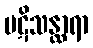
ပဋိသန္ထာရာ